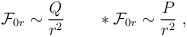
\begin{align*}{\cal F}_{0r}\sim {Q\over r^2}\qquad *{\cal F}_{0r}\sim {P\over r^2}\ ,\end{align*}